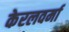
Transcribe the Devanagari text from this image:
केरलवर्मा